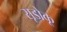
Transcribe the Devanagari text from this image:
सूडोकू